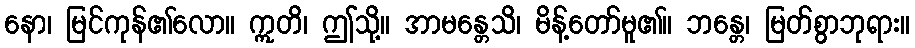
နော၊ မြင်ကုန်၏လော။ ဣတိ၊ ဤသို့။ အာမန္တေသိ၊ မိန့်တော်မူ၏။ ဘန္တေ၊ မြတ်စွာဘုရား။